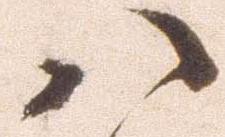
八